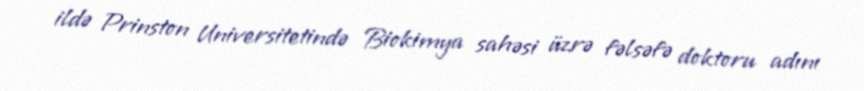
ildə Prinston Universitetində Biokimya sahəsi üzrə fəlsəfə doktoru adını